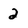
Character: 2